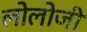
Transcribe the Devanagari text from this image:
लोलोजी